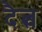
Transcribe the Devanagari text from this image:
दैत्व